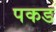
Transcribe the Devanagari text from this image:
पकड